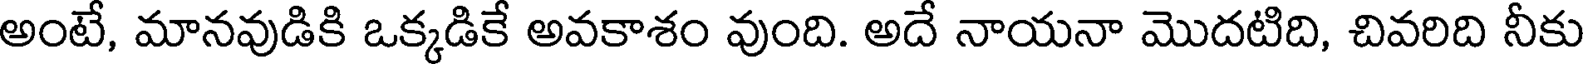
అంటే, మానవుడికి ఒక్కడికే అవకాశం వుంది. అదే నాయనా మొదటిది, చివరిది నీకు